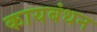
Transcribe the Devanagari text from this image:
कायबंधन